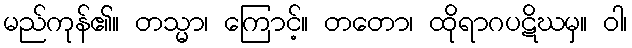
မည်ကုန်၏။ တသ္မာ၊ ကြောင့်။ တတော၊ ထိုရာဂပဋိဃမှ။ ဝါ၊